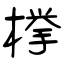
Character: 﨔